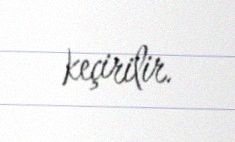
keçirilir.